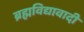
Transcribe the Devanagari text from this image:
ब्रह्मविद्यावादी